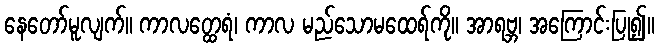
နေတော်မူလျက်။ ကာလတ္ထေရံ၊ ကာလ မည်သောမထေရ်ကို။ အာရဗ္ဘ၊ အကြောင်းပြု၍။